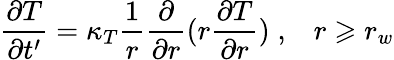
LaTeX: \frac{\partial T}{\partial t^{\prime}}=\kappa_{T}\frac{1}{r}\frac{\partial}{\partial r}(r\frac{\partial T}{\partial r})\; ,\; \; \; r\geqslant r_{w}